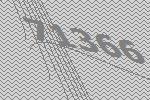
71366